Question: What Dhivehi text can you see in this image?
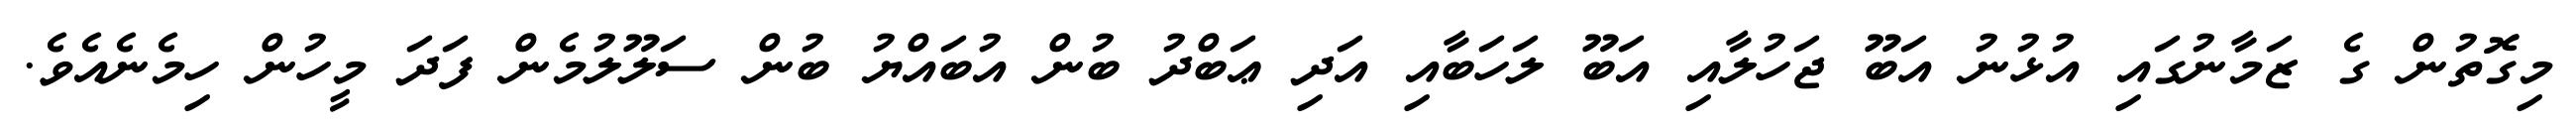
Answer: މިގޮތުން ގެ ޒަމާނުގައި އުޅުނު އަބޫ ޖަހުލާއި އަބޫ ލަހަބާއި އަދި ޢަބްދު ބުން އުބައްޔު ބުން ސަލޫލުމެން ފަދަ މީހުން ހިމެނެއެވެ.